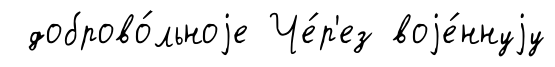
доброво́льноjе Че́р'ез воjе́ннуjу